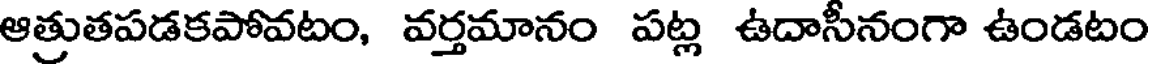
ఆత్రుతపడకపోవటం, వర్తమానం పట్ల ఉదాసీనంగా ఉండటం